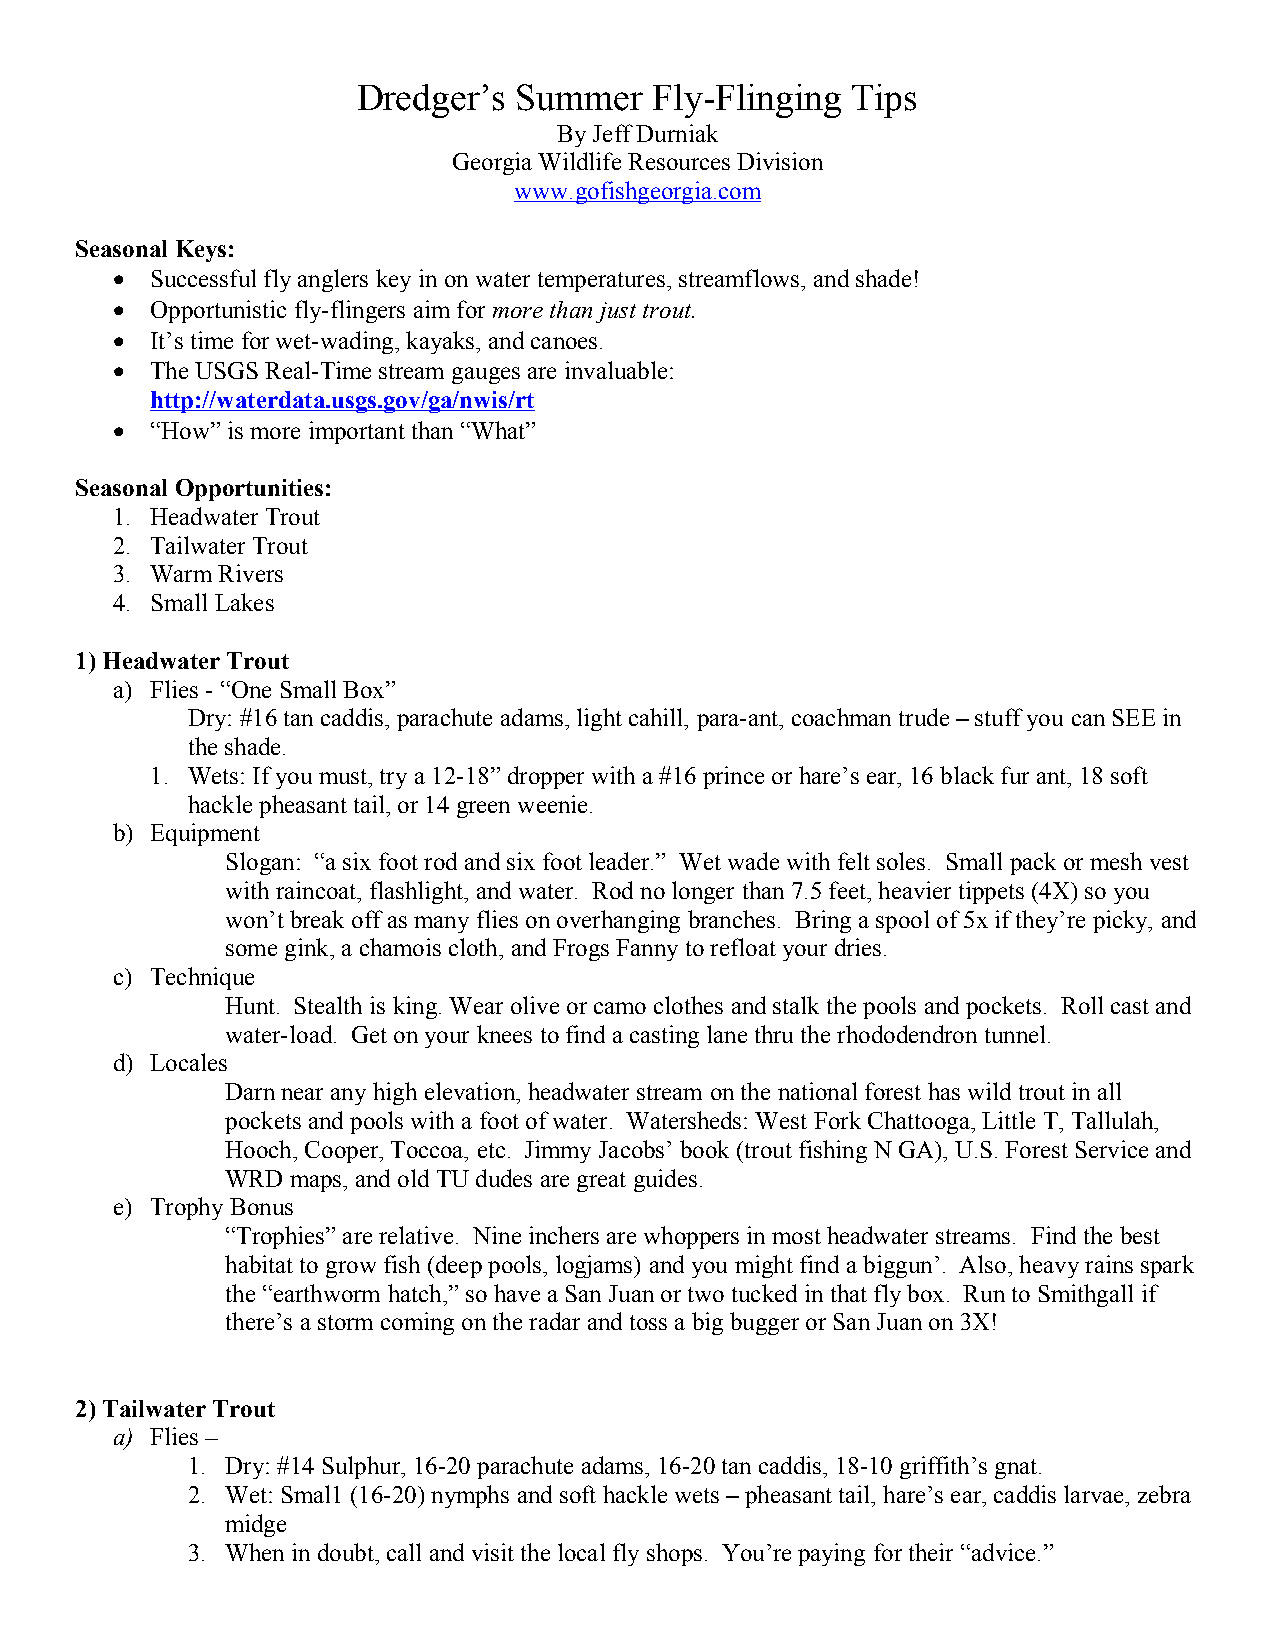
Dredger’s Summer   Fly-Flinging Tips
 By Jeff Durniak
 Georgia Wildlife Resources Division
 www.gofishgeorgia.com
 Seasonal Keys:
   Successful fly anglers key in on water temperatures, streamflows, and shade!
   Opportunistic fly-flingers aim for more than just trout.
   It’s time for wet-wading, kayaks, and canoes.
   The USGS Real-Time stream gauges are invaluable:
 http://waterdata.usgs.gov/ga/nwis/rt
   “How” is more important than “What”
 Seasonal Opportunities:
 1. Headwater Trout
 2. Tailwater Trout
 3. Warm Rivers
 4. Small Lakes
 1) Headwater Trout
 a) Flies - “One Small Box”
 Dry: #16 tan caddis, parachute adams, light cahill, para-ant, coachman trude – stuff you can SEE in
 the shade.
 1. Wets: If you must, try a 12-18” dropper with a #16 prince or hare’s ear, 16 black fur ant, 18 soft
 hackle pheasant tail, or 14 green weenie.
 b) Equipment
 Slogan: “a six foot rod and six foot leader.” Wet wade with felt soles. Small pack or mesh vest
 with raincoat, flashlight, and water. Rod no longer than 7.5 feet, heavier tippets (4X) so you
 won’t break off as many flies on overhanging branches. Bring a spool of 5x if they’re picky, and
 some gink, a chamois cloth, and Frogs Fanny to refloat your dries.
 c) Technique
 Hunt. Stealth is king. Wear olive or camo clothes and stalk the pools and pockets. Roll cast and
 water-load. Get on your knees to find a casting lane thru the rhododendron tunnel.
 d) Locales
 Darn near any high elevation, headwater stream on the national forest has wild trout in all
 pockets and pools with a foot of water. Watersheds: West Fork Chattooga, Little T, Tallulah,
 Hooch, Cooper, Toccoa, etc. Jimmy Jacobs’ book (trout fishing N GA), U.S. Forest Service and
 WRD maps, and old TU dudes are great guides.
 e) Trophy Bonus
 “Trophies” are relative. Nine inchers are whoppers in most headwater streams. Find the best
 habitat to grow fish (deep pools, logjams) and you might find a biggun’. Also, heavy rains spark
 the “earthworm hatch,” so have a San Juan or two tucked in that fly box. Run to Smithgall if
 there’s a storm coming on the radar and toss a big bugger or San Juan on 3X!
 2) Tailwater Trout
 a) Flies –
 1. Dry: #14 Sulphur, 16-20 parachute adams, 16-20 tan caddis, 18-10 griffith’s gnat.
 2. Wet: Smal1 (16-20) nymphs and soft hackle wets – pheasant tail, hare’s ear, caddis larvae, zebra
 midge
 3. When in doubt, call and visit the local fly shops. You’re paying for their “advice.”